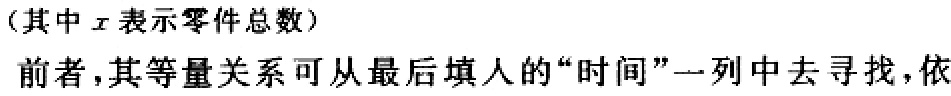
（其中\(x\)表示零件总数）
前者，其等量关系可从最后填入的“时间”一列中去寻找，依